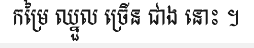
កម្រៃ ឈ្នួល ច្រើន ជាង នោះ ។